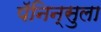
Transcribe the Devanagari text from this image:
पॅनिन्सुला